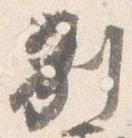
別